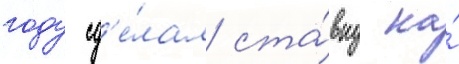
году сд'е́лал ста́вку на́